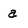
Character: a